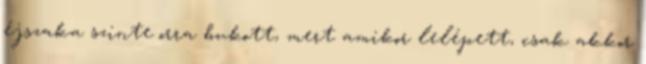
éjszaka szinte orra bukott, mert amikor lelépett, csak akkor